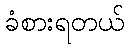
ခံစားရတယ်